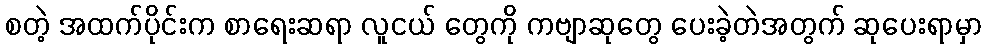
စတဲ့ အထက်ပိုင်းက စာရေးဆရာ လူငယ် တွေကို ကဗျာဆုတွေ ပေးခဲ့တဲအတွက် ဆုပေးရာမှာ